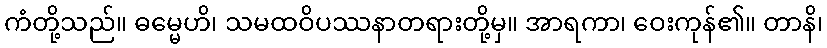
ကံတို့သည်။ ဓမ္မေဟိ၊ သမထဝိပဿနာတရားတို့မှ။ အာရကာ၊ ဝေးကုန်၏။ တာနိ၊